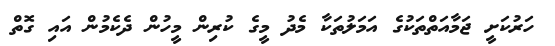
ހަރުކަށީ ޖަމާއަތްތަކުގެ އަމަލުތަކާ މެދު މީގެ ކުރިން މީހުން ދެކެމުން އައި ގޮތް